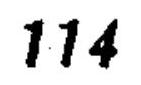
\(114\)